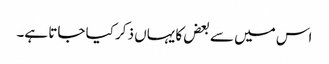
اس میں سے بعض کا یہاں ذکر کیا جاتا ہے۔